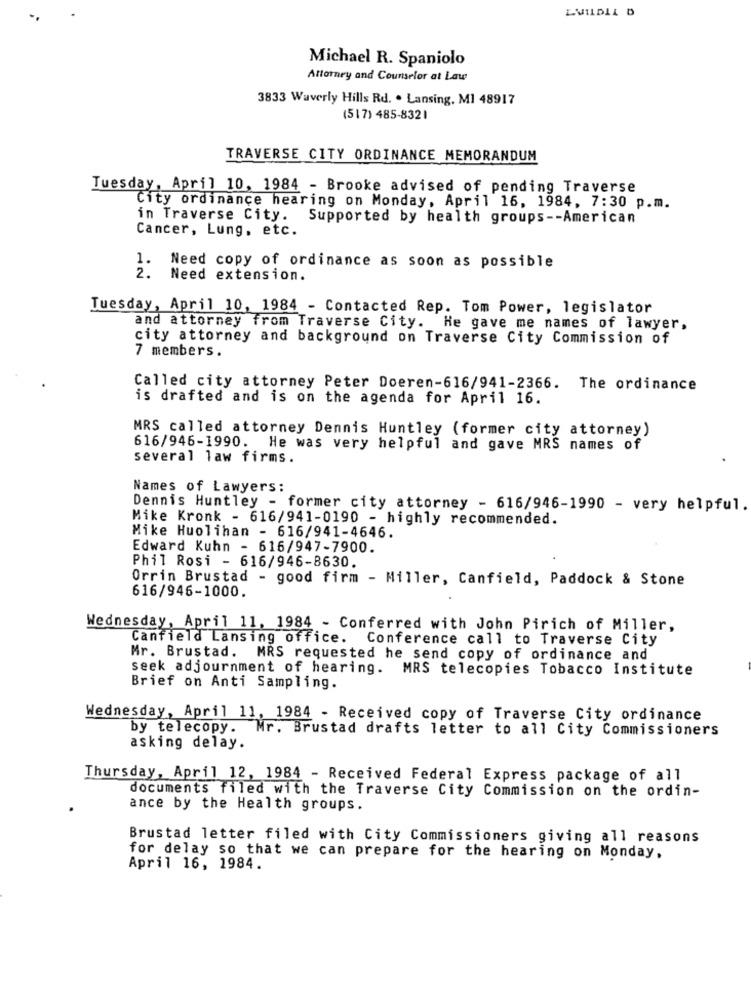
Michael R. Spaniolo
Attorney and Counselor at Law
3833 Waverly Hills Rd. . Lansing. MI 48917
(517) 485-832 1
TRAVERSE CITY ORDINANCE MEMORANDUM
Tuesday, April 10, 1984 - Brooke advised of pending Traverse
City ordinance hearing on Monday, April 16, 1984, 7:30 p.m.
in Traverse City.
Supported by health groups -- American
Cancer, Lung, etc.
1. Need copy of ordinance as soon as possible
2.
Need extension.
Tuesday, April 10, 1984 - Contacted Rep. Tom Power, legislator
and attorney from Traverse City. He gave me names of lawyer,
city attorney and background on Traverse City Commission of
7 members.
Called city attorney Peter Doeren-616/941-2366. The ordinance
is drafted and is on the agenda for April 16.
MRS called attorney Dennis Huntley (former city attorney)
616/946-1990. He was very helpful and gave MRS names of
several law firms.
Names of Lawyers:
Dennis Huntley - former city attorney - 616/946-1990 - very helpful.
Mike Kronk - 616/941-0190 - highly recommended.
Mike Huolihan - 616/941-4646.
Edward Kuhn - 616/947-7900.
Phil Rosi - 616/946-8630.
Orrin Brustad - good firm - Miller, Canfield, Paddock & Stone
616/946-1000.
Wednesday, April 11, 1984 - Conferred with John Pirich of Miller,
Canfield Lansing office. Conference call to Traverse City
Mr. Brustad. MRS requested he send copy of ordinance and
seek adjournment of hearing. MRS telecopies Tobacco Institute
Brief on Anti Sampling.
Wednesday, April 11, 1984 - Received copy of Traverse City ordinance
by telecopy. Mr. Brustad drafts letter to all City Commissioners
asking delay.
Thursday, April 12, 1984 - Received Federal Express package of all
documents filed with the Traverse City Commission on the ordin-
ance by the Health groups.
Brustad letter filed with City Commissioners giving all reasons
for delay so that we can prepare for the hearing on Monday,
April 16, 1984.